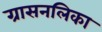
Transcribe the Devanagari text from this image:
ग्रासनलिका